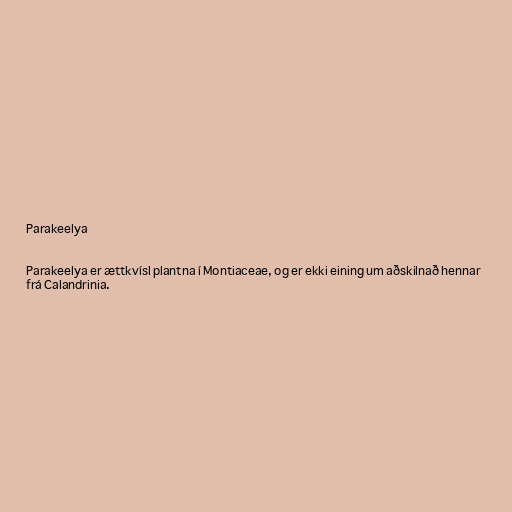
Parakeelya

Parakeelya er ættkvísl plantna í Montiaceae, og er ekki eining um aðskilnað hennar
frá Calandrinia.